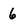
Character: 6